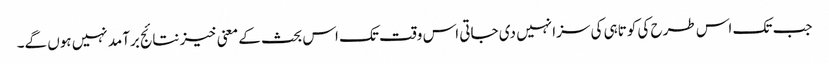
جب تک اس طرح کی کوتاہی کی سزا نہیں دی جاتی اس وقت تک اس بحث کے معنی خیز نتائج برآمد نہیں ہوں گے۔